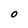
Character: 0